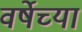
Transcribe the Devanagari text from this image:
वर्षेच्या